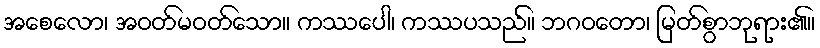
အစေလော၊ အဝတ်မဝတ်သော။ ကဿပေါ၊ ကဿပသည်။ ဘဂဝတော၊ မြတ်စွာဘုရား၏။